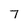
Character: 7